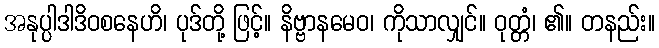
အနုပ္ပါဒါဒိဝစနေဟိ၊ ပုဒ်တို့ ဖြင့်။ နိဗ္ဗာနမေဝ၊ ကိုသာလျှင်။ ဝုတ္တံ၊ ၏။ တနည်း။